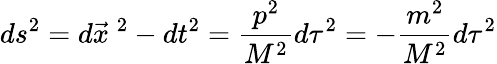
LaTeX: ds^{2}=d\vec{x}\ ^{2}-dt^{2}=\frac{p^{2}}{M^{2}}d\tau^{2}=-\frac{m^{2}}{M^{2}}d\tau^{2}